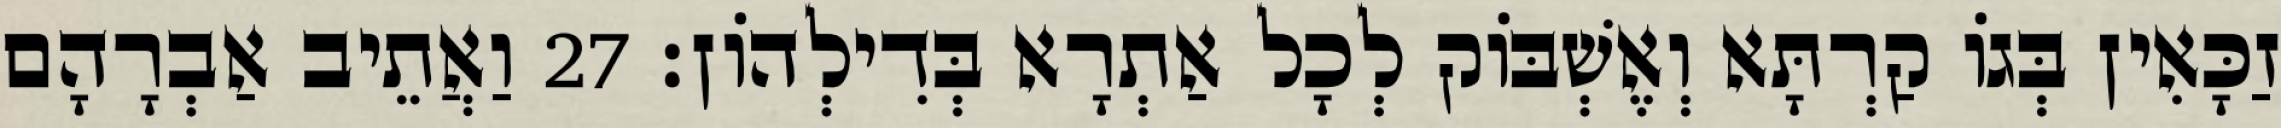
זַכָּאִין בְּגוֹ קַרְתָּא וְאֶשְׁבּוֹק לְכָל אַתְרָא בְּדִילְהוֹן׃ 27 וַאֲתֵיב אַבְרָהָם